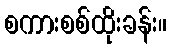
စကားစစ်ထိုးခန်း။